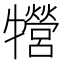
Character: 㹚